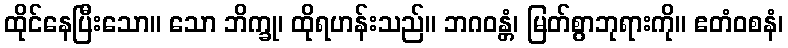
ထိုင်နေပြီးသော။ သော ဘိက္ခု၊ ထိုရဟန်းသည်။ ဘဂဝန္တံ၊ မြတ်စွာဘုရားကို။ ဧတံဝစနံ၊